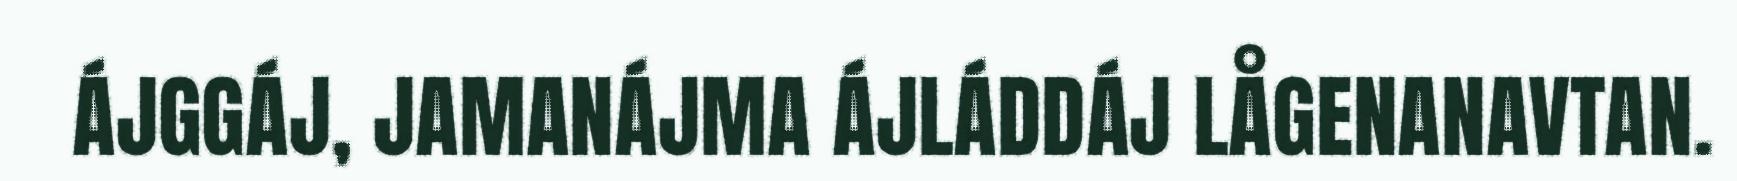
ÁJGGÁJ, JAMANÁJMA ÁJLÁDDÁJ LÅGENANAVTAN.